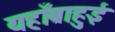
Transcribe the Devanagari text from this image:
यहाँब्राहुई